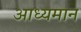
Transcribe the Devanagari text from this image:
आध्यमान